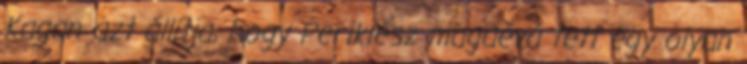
Kagan azt állítja, hogy Periklész magáévá tett egy olyan